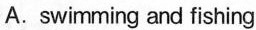
A.swimming and fishing